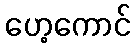
ဟေ့ကောင်